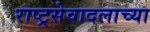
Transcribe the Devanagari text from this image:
राष्ट्रसेवादलाच्या